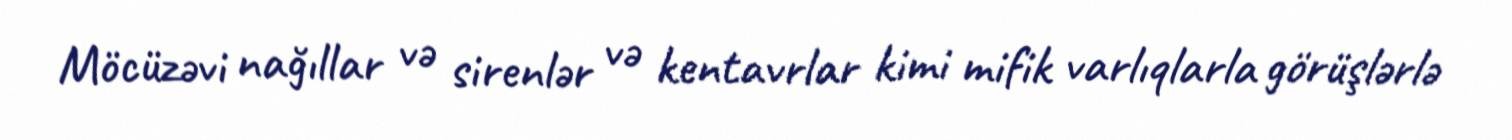
Möcüzəvi nağıllar və sirenlər və kentavrlar kimi mifik varlıqlarla görüşlərlə